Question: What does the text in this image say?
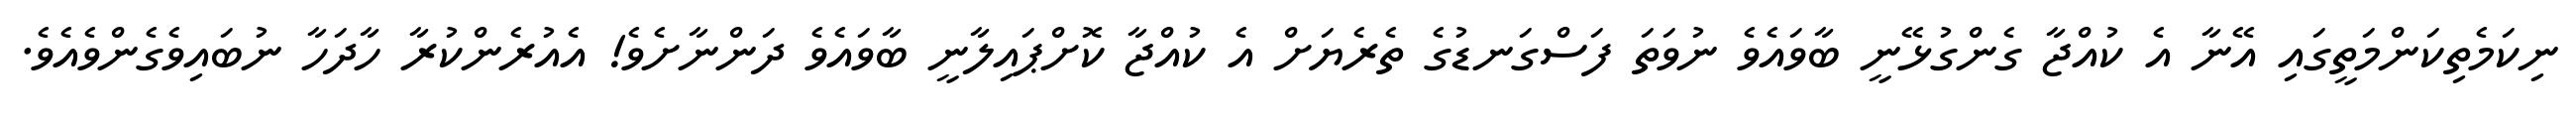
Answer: ނިކަމެތިކަންމަތީގައި އޭނާ އެ ކުއްޖާ ގެންގުޅޭނީ ބާވައެވެ ނުވަތަ ފަސްގަނޑުގެ ތެރެޔަށް އެ ކުއްޖާ ކޮށްޕައިލާނީ ބާވައެވެ ދަންނާށެވެ! އެއުރެންކުރާ ހާދަހާ ނުބައިވެގެންވެއެވެ.